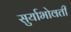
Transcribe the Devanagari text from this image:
सुर्याभोवती